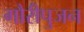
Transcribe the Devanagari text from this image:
गौरीपुजन